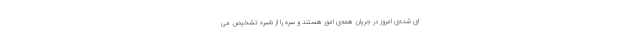
ای شده‌ی امروز در جریان همه‌ی امور هستند و سره را از ناسره تشخیص می